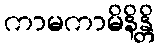
ကာမကာမိနိန္တိ